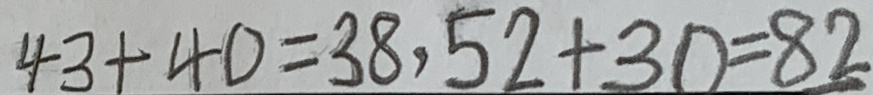
4 3 + 4 0 = 3 8 , 5 2 + 3 0 = 8 2